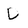
Character: D